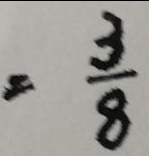
= \frac { 3 } { 8 }